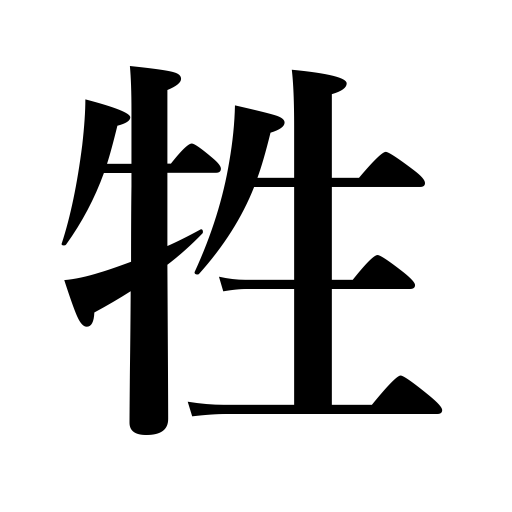
Meanings: offering,gift,sacrifice